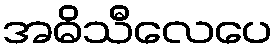
အဓိသီလေပေ